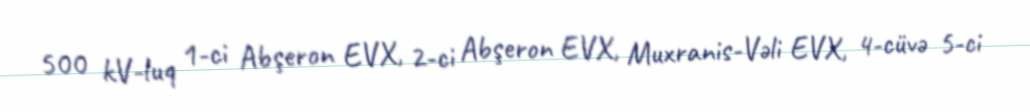
500 kV-luq 1-ci Abşeron EVX, 2-ci Abşeron EVX, Muxranis-Vəli EVX, 4-cüvə 5-ci